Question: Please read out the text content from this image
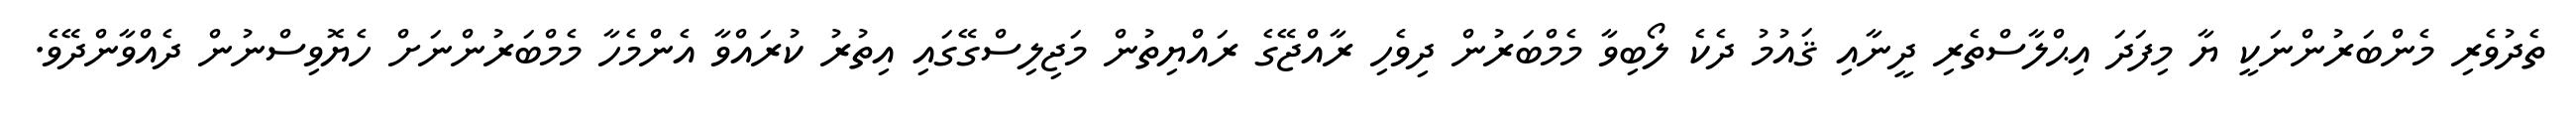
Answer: ތެދުވެރި މެންބަރުންނަކީ ޔާ މިފަދަ އިޙްލާސްތެރި ދީނާއި ޤައުމު ދެކެ ލޯބިވާ މެމްބަރުން ދިވެހި ރާއްޖޭގެ ރައްޔިތުން މަޖިލިސްގޭގައި އިތުރު ކުރައްވާ އެންމެހާ މެމްބަރުންނަށް ހެޔޮވިސްނުން ދެއްވާންދޭވެ.